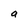
Character: a